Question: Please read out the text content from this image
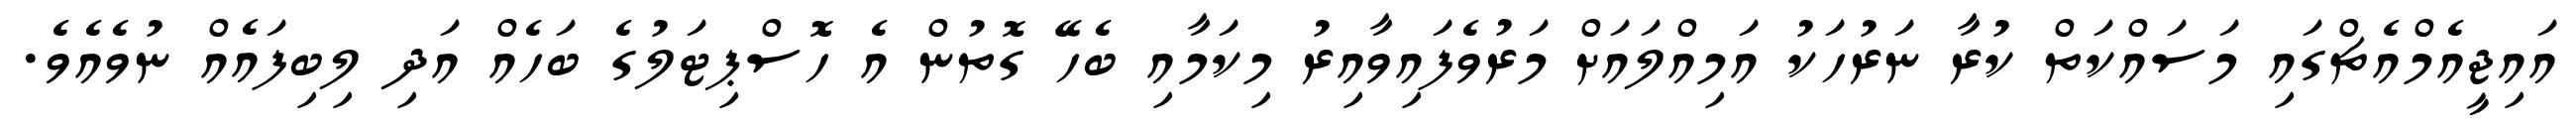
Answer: އައިޖީއެމްއެޗްގައި މަސައްކަތް ކުރާ ނަރުހަކު އަމިއްލައަށް މަރުވެފައިވާއިރު މިކަމާއި ބެހޭ ގޮތުން އެ ހޮސްޕިޓަލުގެ ބަހެއް އަދި ލިބިފައެއް ނުވެއެވެ.